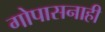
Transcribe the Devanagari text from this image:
गोपासनाही